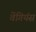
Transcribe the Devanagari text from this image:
वेंगियंस